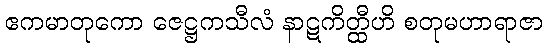
ဧကမာတုကော ဇေဋ္ဌကသီလံ နာဋကိတ္ထီဟိ စတုမဟာရာဇာ